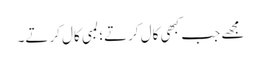
مجھے جب کبھی کال کرتے؛ لمبی کال کرتے۔